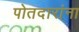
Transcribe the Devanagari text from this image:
पोतदारांना